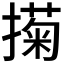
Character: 𢵗